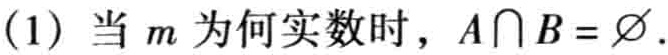
(1) 当 \(m\) 为何实数时，\(A\cap B = \varnothing\).